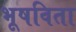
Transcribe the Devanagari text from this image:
भूषविता